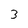
Character: 3